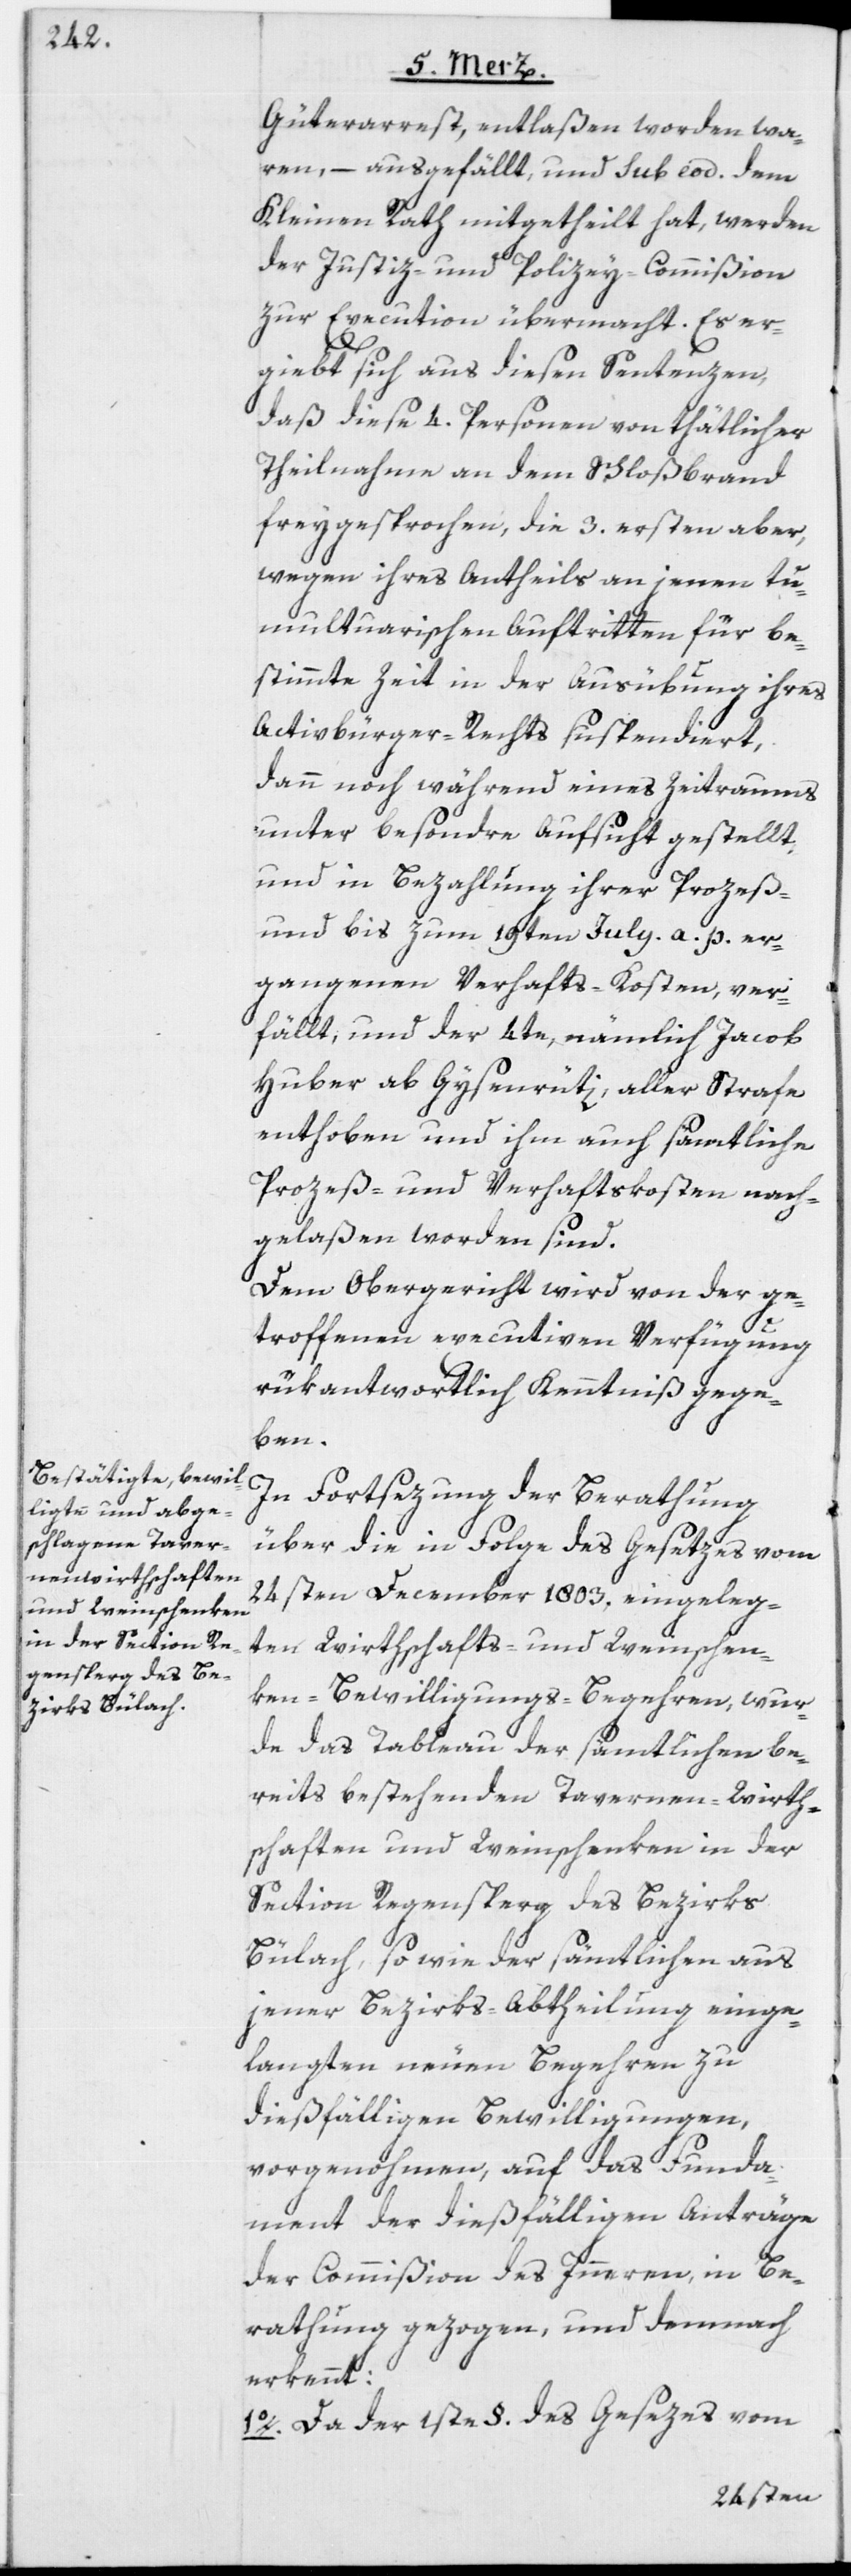
Güterarrest, entlaßen worden wa¬
ren, – ausgefällt, und sub eod. dem
Kleinen Rath mitgetheilt hat, werden
der Justiz- und Polizey-Commißion
zur Execution übermacht. Es er¬
giebt sich aus diesen Sentenzen,
daß diese 4. Personen von thätlicher
Theilnahme an dem Schloßbrand
freygesprochen, die 3. ersten aber,
wegen ihres Antheils an jenen tu¬
multuarischen Auftritten für be¬
stimmte Zeit in der Ausübung ihres
Activbürger-Rechts suspendiert,
dann noch während eines Zeitraums
unter besondre Aufsicht gestellt,
und in Bezahlung ihrer Prozeß-
und bis zum 19ten July a. p. er¬
gangenen Verhafts-Kosten, ver¬
fällt, und der 4te, nämlich Jacob
Huber ab Gysenrüti, aller Strafe
enthoben und ihm auch sämtliche
Prozeß- und Verhaftkosten nach¬
gelaßen worden sind.
Dem Obergericht wird von der ge¬
troffenen executiven Verfügung
rükantwortlich Kenntniß gege¬
ben.
In Fortsezung der Berathung
über die in Folge des Gesetzes vom
24sten December 1803. eingeleg¬
ten Wirthschafts- und Weinschen¬
ken-Bewilligungs-Begehren, wur¬
de das Tableau der sämtlichen be¬
reits bestehenden Tavernen-Wirth¬
schaften und Weinschenken in der
Section Regensperg des Bezirks
Bülach, so wie der sämtlichen aus
jener Bezirks-Abtheilung einge¬
langten neuen Begehren zu
dießfälligen Bewilligungen,
vorgenohmen, auf das Funda¬
ment der dießfälligen Anträge
der Commißion des Inneren, in Be¬
rathung gezogen, und demnach
erkennt:
1o. Da der 1ste §. des Gesezes vom